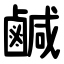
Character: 鹹